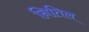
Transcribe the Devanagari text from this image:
नितिल